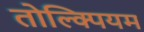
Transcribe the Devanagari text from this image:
तोल्क्पियम